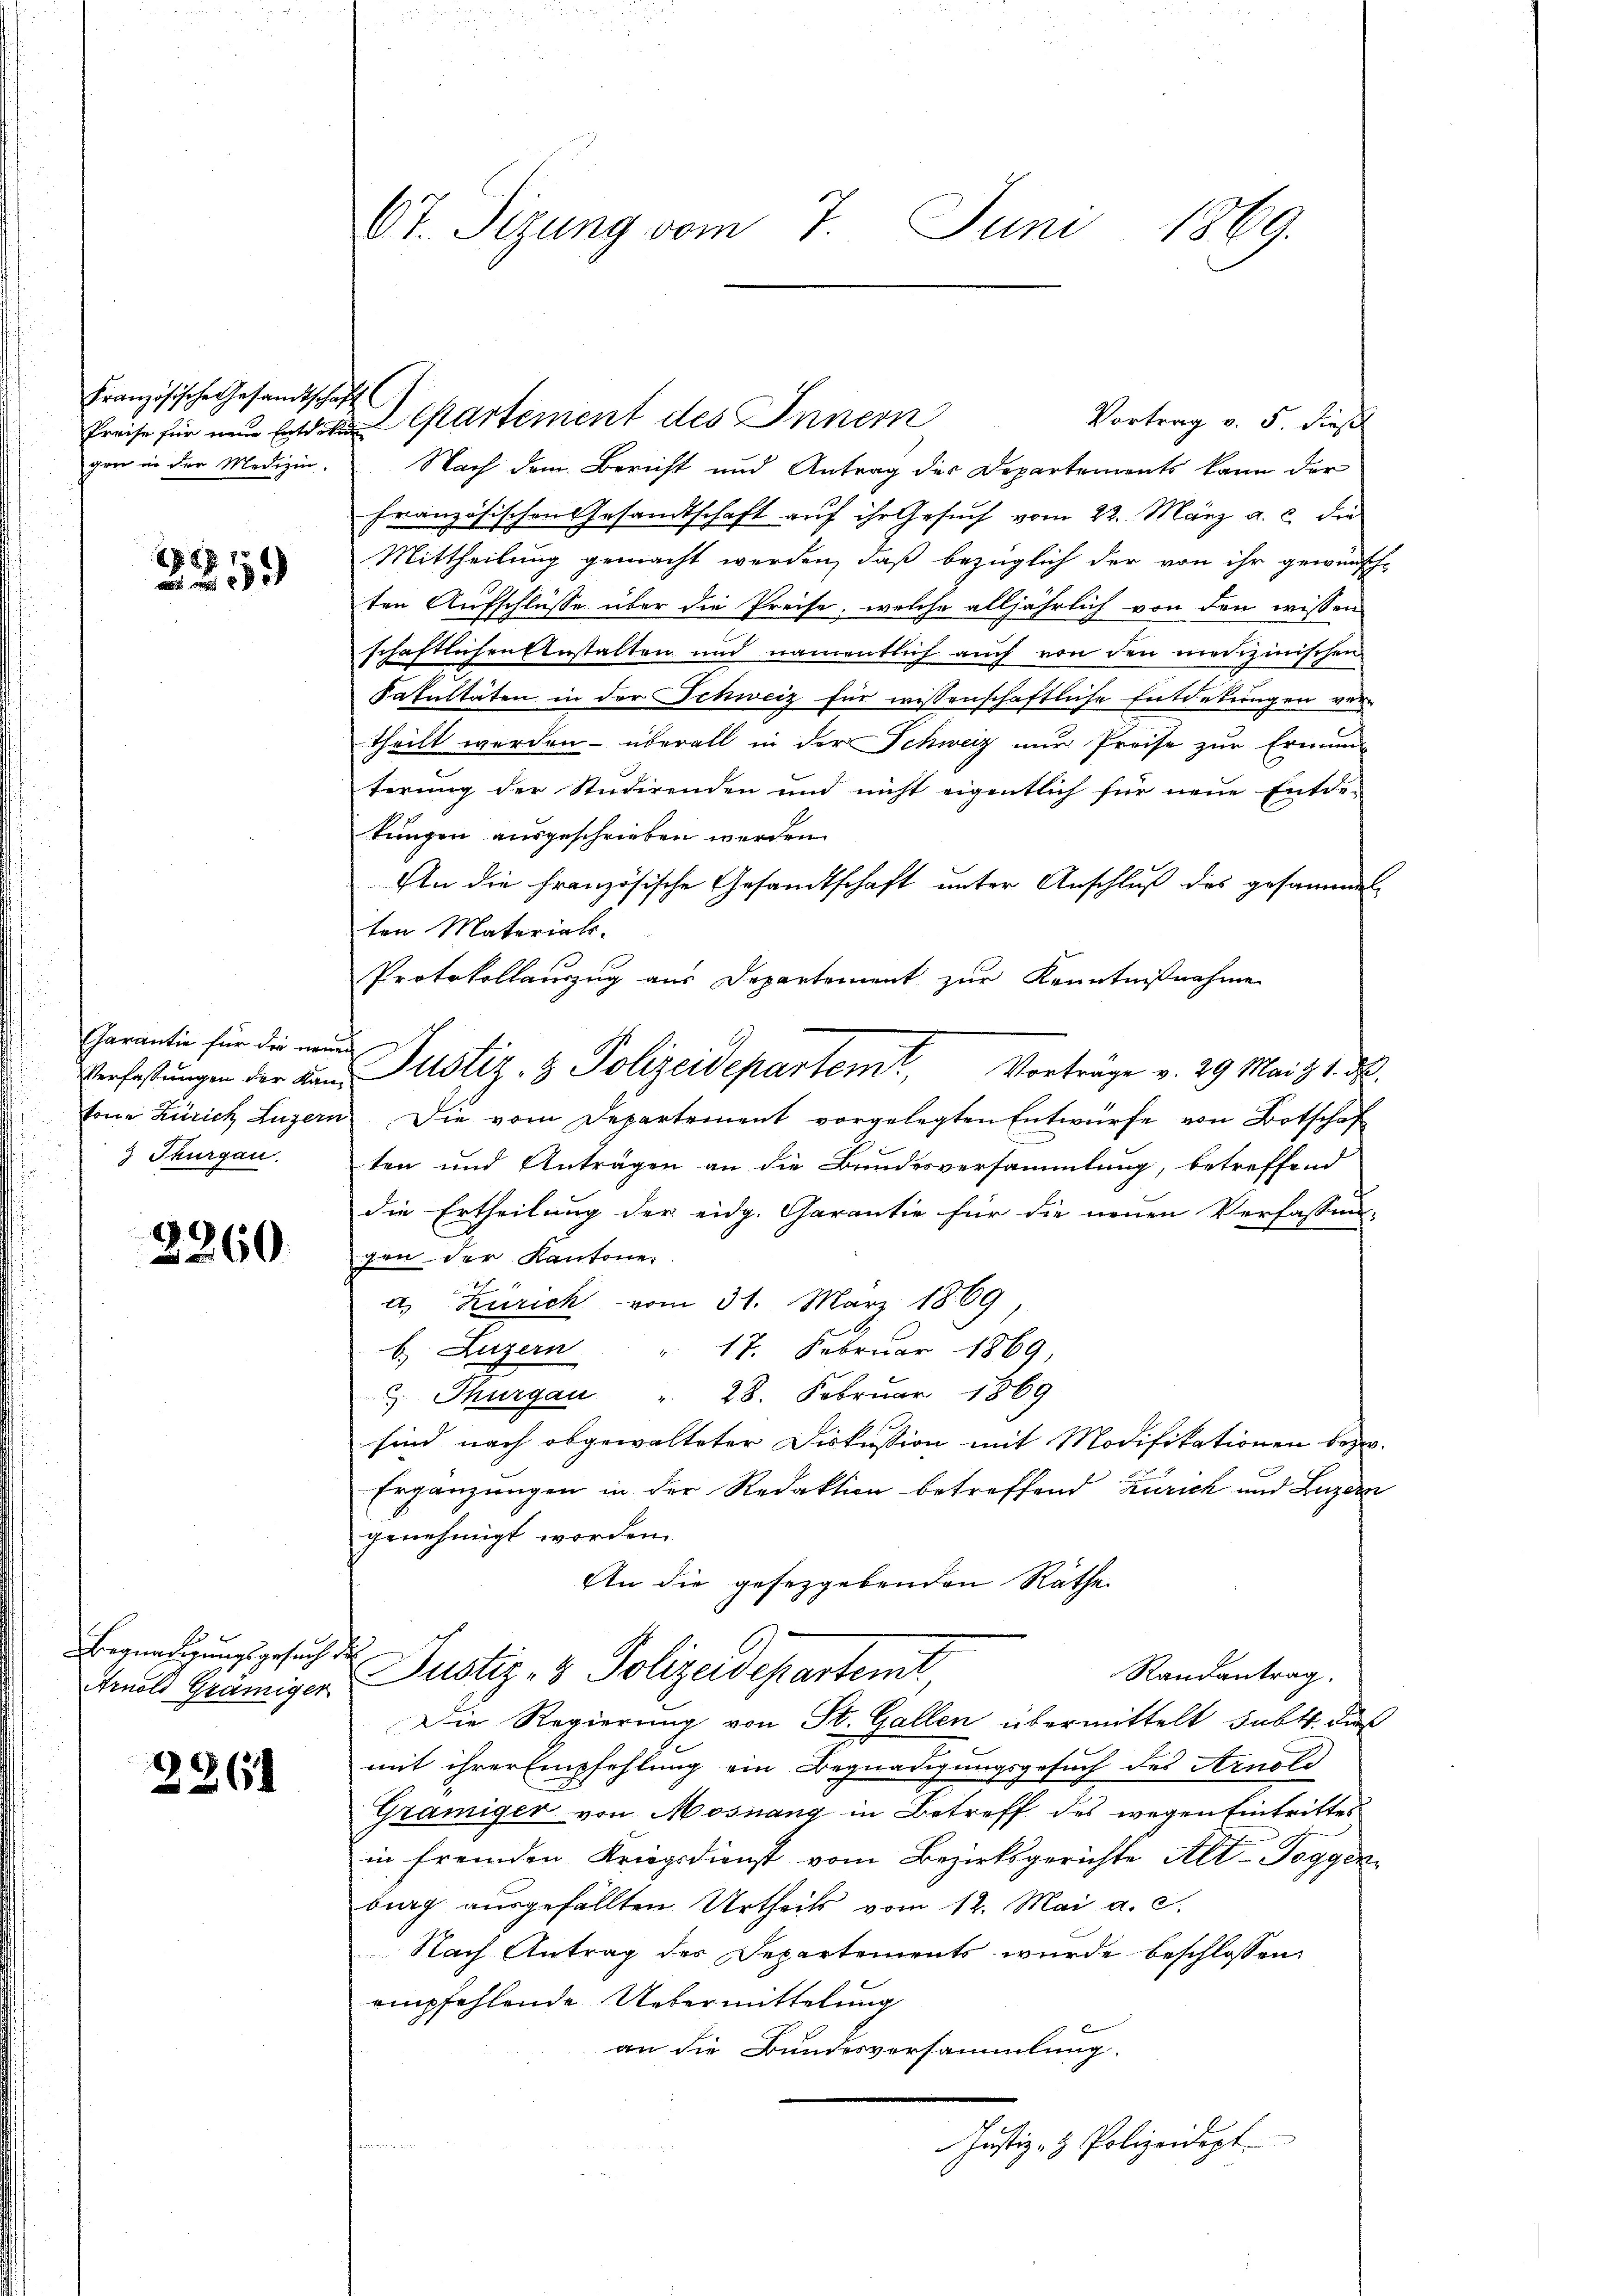
Französische Gesandtschaft
gen in der Medizin.

1881
20

Garantie für die neue
Verfassungen der Kanton Zürich Luzern
 Thurgau.

2260

Begnadigungsgesuch de
Arnold Graniger

2261

t. Sitzung vom 7. Juni 1869.

Preise für ein Cartement des Innern

Vortrag v. 5. dies
Nach dem Bericht und Antrag der Departements kann der
französischen Gesandtschaft auf ihr Gesuch vom 22. März a. c. die
Mittheilung gemacht werden, daß bezüglich der von ihr gewünsch-
ten Aufschlüsse über die Preise, welche alljährlich von den wissen
schaftlichen Anstalten und namentlich auch von den medizinischen
Sakultäten in der Schweiz für wissenschaftliche Entdekungen ver-
theilt werden überall in der Schweiz nur Preise zur Erinung
terung der Studirenden und nicht eigentlich für neue Entde-
tungen ausgeschrieben werden.
An die französische Gesandtschaft unter Anschluß des gesammen
ten Material-
Protokollauszug aus Departement zur Kenntnißnahme
Vorträge v. 29 Mai z 1. d.
Die vom Departement vorgelegten Entwurfe von Botschaf
ten und Anträgen an die Bundesversammlung, betreffend
die Ertheilung der eidg. Garantie für die neuen Verfassen-
gen der Kantone:
c
a. Zürich vom 31. März 1869
b. Luzern " 17. Februar 1869,
u. Thurgau " 28. Februar 1869
sind nach abgewalteter Diskussion mit Modifikationen bezw.
Ergänzungen in der Redaktion betreffend Zürich und Luzern
genehmigt worden.
An die gesezgebenden Räthe
Justiz- & Polizeidepartent
Randantrag.
Die Regierung von St. Gallen übermittelt subtt., daß
mit ihrer Empfehlung ein Begnadigungsgesuch des Arnold
Gramiger von Mosnang in Betreff des wegen Eintrittes
in fremden Kriegsdienst vom Bezirksgerichte Alt-Toggenbing ausgefällten Urtheils vom 12. Mai a. c.
Nach Antrag der Departements wurde beschlossen:
empfehlende Uebermittelung
an die Bundesversammlung.
Justiz- & Polizeidept.

Justiz- & Polizeidepartent,